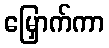
မြှောက်ကာ